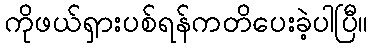
ကိုဖယ်ရှားပစ်ရန်ကတိပေးခဲ့ပါပြီ။